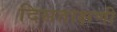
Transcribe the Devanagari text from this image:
दिसताक्षणी